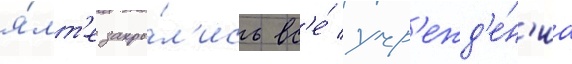
я́лт'е закры́л'ись вс'е́ учр'ежд'е́н'иа